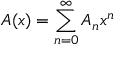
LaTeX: A ( x ) = \sum _ { n = 0 } ^ { \infty } A _ { n } x ^ { n }